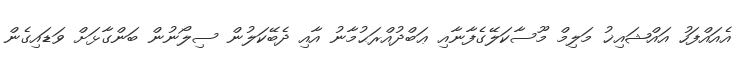
އެއައްފަހު އައްޝައިޚު މަލިމް މޫސާކަލޭގެފާނާއި ޢަބްދުއްރަޙުމާނު އާއި ދެބޭކަލުން ސިލޯނުން ބަންގާޅަށް ވަޑައިގެން